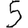
Digit: 5